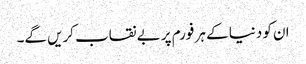
ان کو دنیا کے ہر فورم پر بے نقاب کریں گے۔